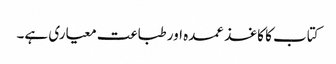
کتاب کا کاغذ عمدہ اور طباعت معیاری ہے۔